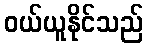
ဝယ်ယူနိုင်သည်